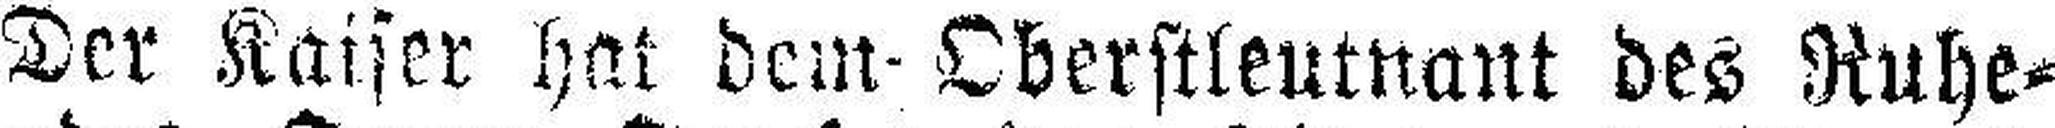
Der Kaiser hat dem- Oberstleutnant des Ruhe¬